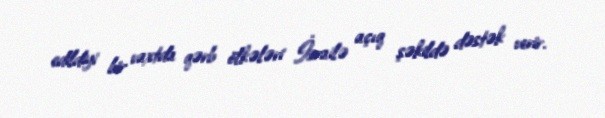
edildiyi bir vaxtda qərb ölkələri İsrailə açıq şəkildə dəstək verir.